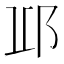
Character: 𨚑